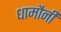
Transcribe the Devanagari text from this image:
धामौनी